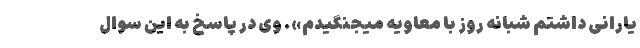
یارانی داشتم شبانه روز با معاویه میجنگیدم». وی در پاسخ به این سوال